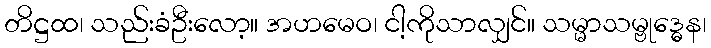
တိဋ္ဌထ၊ သည်းခံဦးလော့။ အဟမေဝ၊ ငါ့ကိုသာလျှင်။ သမ္မာသမ္ဗုဒ္ဓေန၊